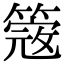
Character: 𥲃